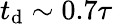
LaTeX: t_{\mathrm{d}}\sim0.7\tau